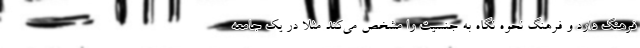
فرهنگ دارد و فرهنگ نحوه نگاه به جنسیت را مشخص می‌کند مثلا در یک جامعه